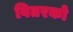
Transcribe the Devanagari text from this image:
वितरको